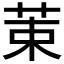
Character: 𫇿